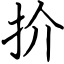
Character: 扴